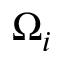
\Omega _ { i }